65_HS1-834228961_62-HQ-83894_Section_9
Agency: FBI
Page 230
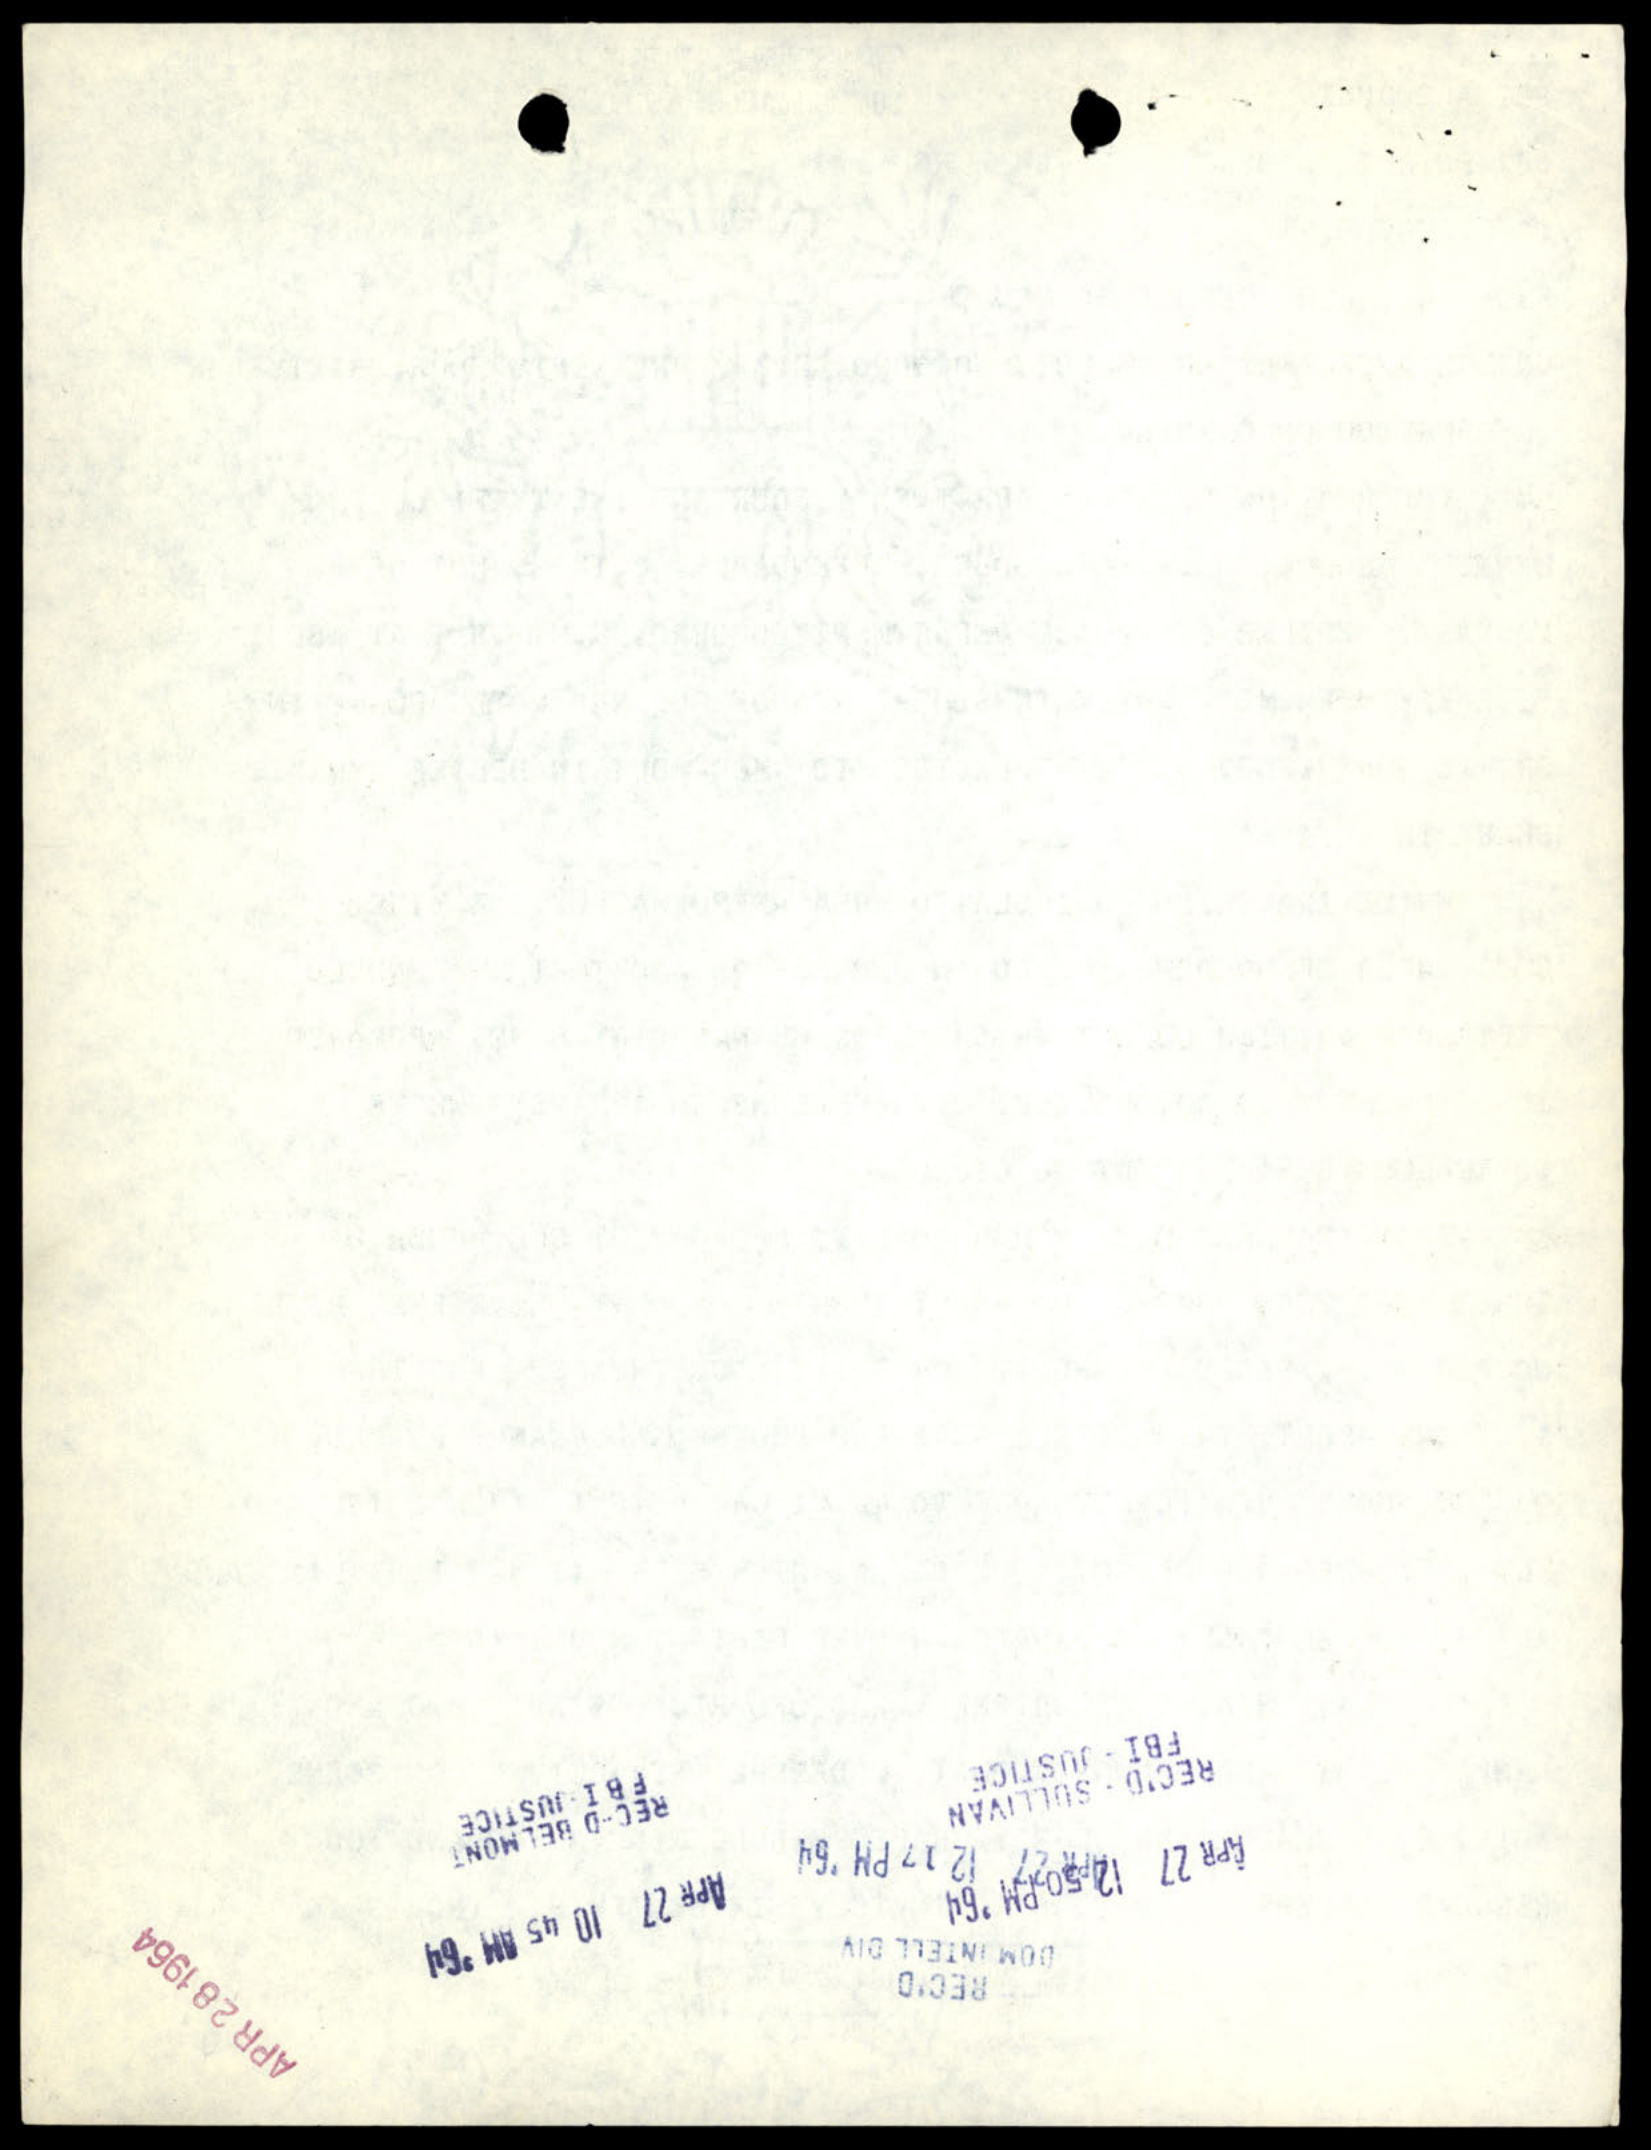